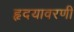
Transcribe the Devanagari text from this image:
हृदयावरणी